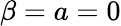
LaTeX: \beta=a=0